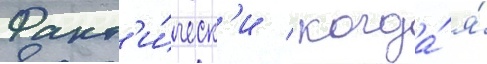
Факт'и́ческ'и / когда́ я́